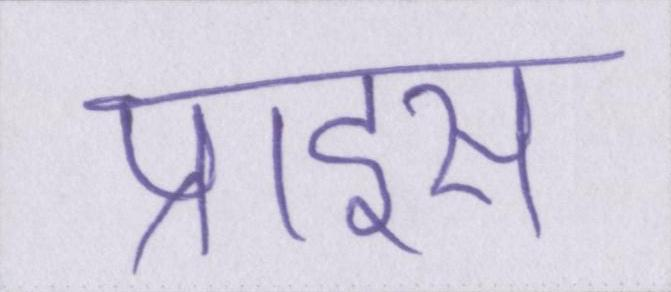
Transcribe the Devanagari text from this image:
प्राइस